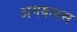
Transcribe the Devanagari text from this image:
अगयत्वस